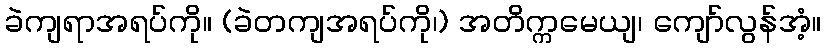
ခဲကျရာအရပ်ကို။ (ခဲတကျအရပ်ကို၊) အတိက္ကမေယျ၊ ကျော်လွန်အံ့။